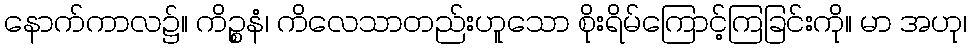
နောက်ကာလ၌။ ကိဉ္စနံ၊ ကိလေသာတည်းဟူသော စိုးရိမ်ကြောင့်ကြခြင်းကို။ မာ အဟု၊